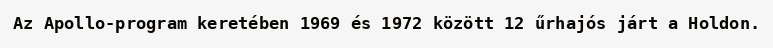
Az Apollo-program keretében 1969 és 1972 között 12 űrhajós járt a Holdon.